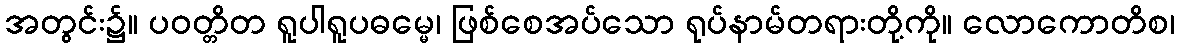
အတွင်း၌။ ပဝတ္တိတ ရူပါရူပဓမ္မေ၊ ဖြစ်စေအပ်သော ရုပ်နာမ်တရားတို့ကို။ လောကောတိစ၊